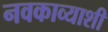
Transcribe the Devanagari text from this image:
नवकाव्याशी